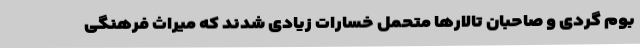
بوم گردی و صاحبان تالارها متحمل خسارات زیادی شدند که میراث فرهنگی